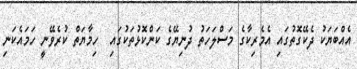
އެއްބަޔަކު ދެކޭގޮތުގައި އެމެރިކާގެ މަސްލަހަތު ދުނިޔޭގެ ކަންކޮޅުތަކުގައި  ހިމާޔަތް ކުރެވޭނީ ހަމައެކަނި